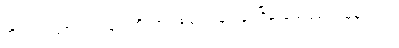
တိုင်းရင်းသားလက်နက်ကိုင်အဖွဲ့အစည်းများနှင့်ငြိမ်းချမ်းရေးရယူခဲ့သည်။